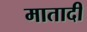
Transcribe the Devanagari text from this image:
मातादी